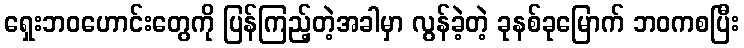
ရှေးဘဝဟောင်းတွေကို ပြန်ကြည့်တဲ့အခါမှာ လွန်ခဲ့တဲ့ ခုနစ်ခုမြောက် ဘဝကစပြီး